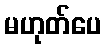
မဟုတ်ပေ